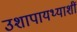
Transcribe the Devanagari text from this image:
उशापायथ्याशीं